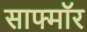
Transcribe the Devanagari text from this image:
साफ्मॉर